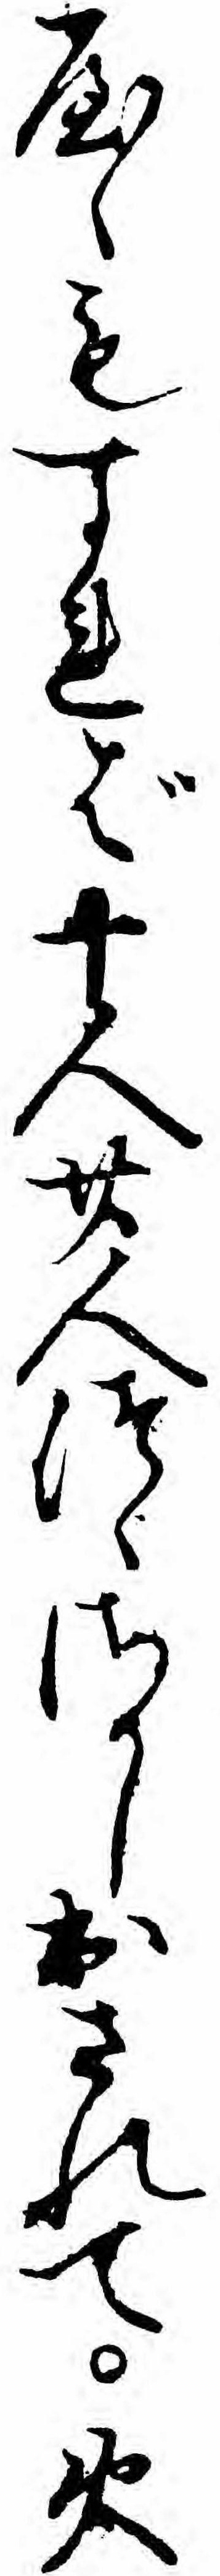
やゝもすれば十人廿人つゝさかし出されて火